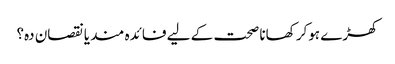
کھڑے ہوکر کھانا صحت کے لیے فائدہ مند یانقصان دہ؟